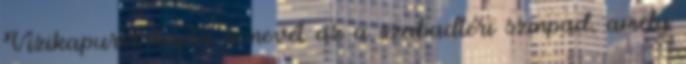
Vízikapuról kapta a nevét az a szabadtéri színpad, amely